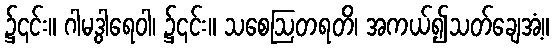
၌၎င်း။ ဂါမဒွါရေဝါ၊ ၌၎င်း။ သစေဩတရတိ၊ အကယ်၍သတ်ချေအံ့။